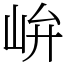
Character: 峅